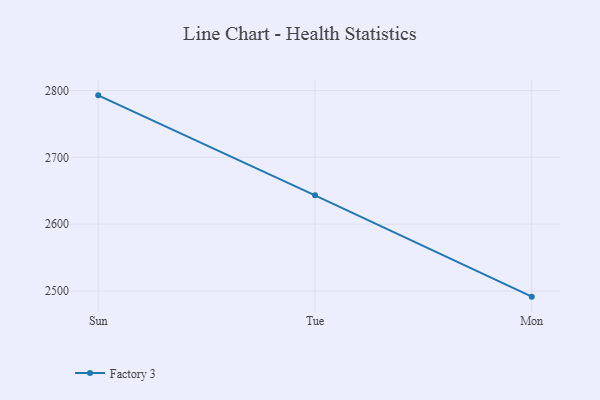
{"axis": {"x": "Day", "y": "Revenue (USD Million)"}, "legend": ["Factory 3"], "data": [{"x": "Sun", "y": 2792.8, "type": "Factory 3"}, {"x": "Tue", "y": 2643.1, "type": "Factory 3"}, {"x": "Mon", "y": 2491.5, "type": "Factory 3"}]}